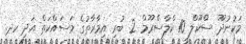
މަކުނުދޫ ސްކޫލް 10 ކްލާސްރޫމް 2 ބުރި އިމާރާތުގެ މަސައްކަތް އަދި ހދ.